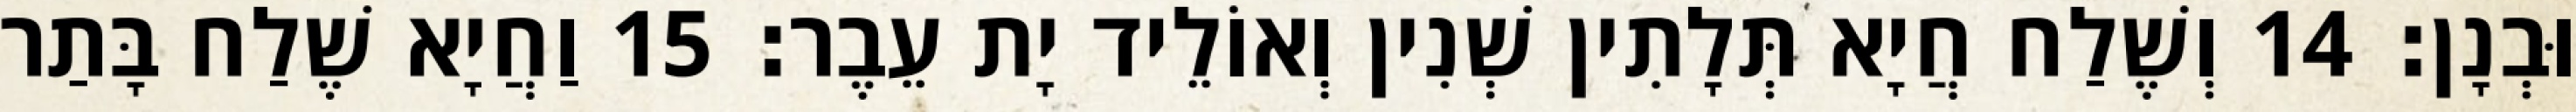
וּבְנָן׃ 14 וְשֶׁלַח חֲיָא תְּלָתִין שְׁנִין וְאוֹלֵיד יָת עֵבֶר׃ 15 וַחֲיָא שֶׁלַח בָּתַר